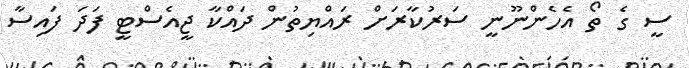
ސީ ގެ ތޯ އެހެންނޫނީ ސަރުކާރަށް ރައްޔިތުން ދައްކާ ޖީއެސްޓީ ފަދަ ފައިސާ